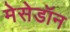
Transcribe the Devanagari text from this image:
मेसेडॉन